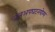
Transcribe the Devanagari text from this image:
जलअपघटनयोग्य